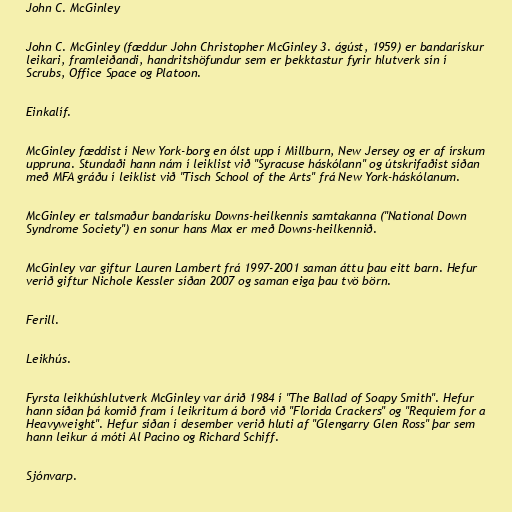
John C. McGinley

John C. McGinley (fæddur John Christopher McGinley 3. ágúst, 1959) er bandarískur
leikari, framleiðandi, handritshöfundur sem er þekktastur fyrir hlutverk sín í
Scrubs, Office Space og Platoon.

Einkalíf.

McGinley fæddist í New York-borg en ólst upp í Millburn, New Jersey og er af írskum
uppruna. Stundaði hann nám í leiklist við "Syracuse háskólann" og útskrifaðist síðan
með MFA gráðu í leiklist við "Tisch School of the Arts" frá New York-háskólanum.

McGinley er talsmaður bandarísku Downs-heilkennis samtakanna ("National Down
Syndrome Society") en sonur hans Max er með Downs-heilkennið.

McGinley var giftur Lauren Lambert frá 1997-2001 saman áttu þau eitt barn. Hefur
verið giftur Nichole Kessler síðan 2007 og saman eiga þau tvö börn.

Ferill.

Leikhús.

Fyrsta leikhúshlutverk McGinley var árið 1984 í "The Ballad of Soapy Smith". Hefur
hann síðan þá komið fram í leikritum á borð við "Florida Crackers" og "Requiem for a
Heavyweight". Hefur síðan í desember verið hluti af "Glengarry Glen Ross" þar sem
hann leikur á móti Al Pacino og Richard Schiff.

Sjónvarp.